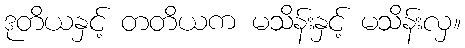
ဒုတိယနှင့် တတိယက မသိန်းနှင့် မသိန်းလှ။